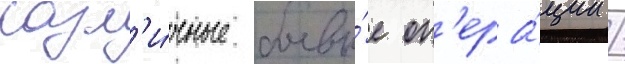
разл'и́чные боевы́е оп'ера́ции /